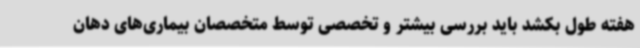
هفته طول بکشد باید بررسی بیشتر و تخصصی توسط متخصصان بیماری‌های دهان